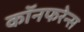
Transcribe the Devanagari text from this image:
कॉनफरेन्स